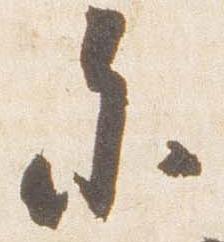
参